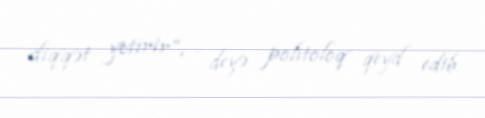
diqqət yetirir”, - deyə politoloq qeyd edib.